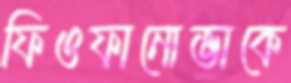
ফিওফানোভাকে